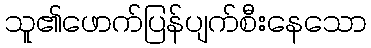
သူ၏ဖောက်ပြန်ပျက်စီးနေသော